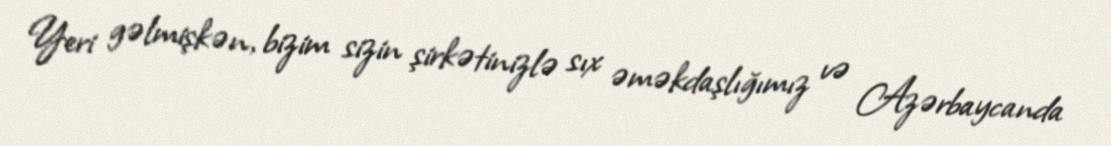
Yeri gəlmişkən, bizim sizin şirkətinizlə sıx əməkdaşlığımız və Azərbaycanda